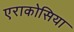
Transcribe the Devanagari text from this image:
एराकोसिया